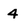
Character: 4